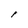
Character: l